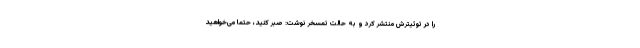
را در توئیترش منتشر کرد و به حالت تمسخر نوشت: صبر کنید، حتما می‌خواهید